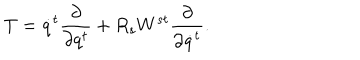
LaTeX: T = \dot { q } ^ { t } \frac { \partial } { \partial q ^ { t } } + R _ { s } W ^ { s t } \frac { \partial } { \partial \dot { q } ^ { t } } .